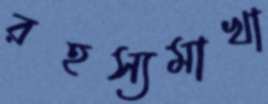
রহস্যমাখা